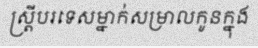
ស្ត្រីបរទេសម្នាក់សម្រាលកូនក្នុង